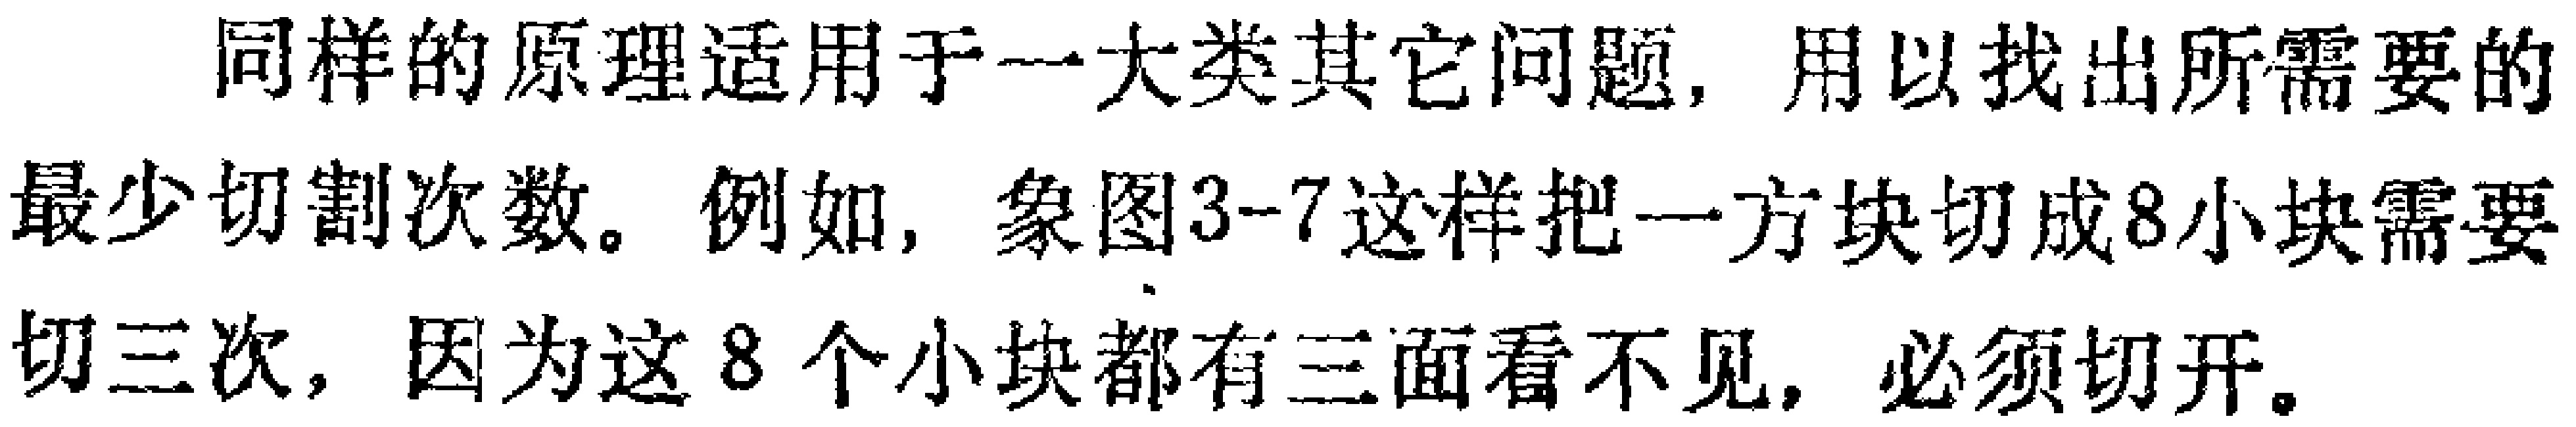
同样的原理适用于一大类其它问题，用以找出所需要的最少切割次数。例如，象图3-7这样把一方块切成8小块需要切三次，因为这8个小块都有三面看不见，必须切开。